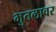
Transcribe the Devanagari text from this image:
भुतलावर